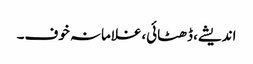
اندیشے، ڈھٹائی،غلامانہ خوف۔